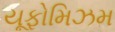
યૂફોમિઝમ